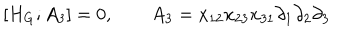
[ H _ { G } ; A _ { 3 } ] = 0 , \quad \quad A _ { 3 } = x _ { 1 2 } x _ { 2 3 } x _ { 3 1 } \partial _ { 1 } \partial _ { 2 } \partial _ { 3 }